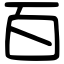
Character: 百